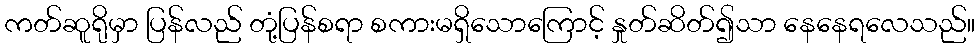
ကတ်ဆူရိုမှာ ပြန်လည် တုံ့ပြန်စရာ စကားမရှိသောကြောင့် နှုတ်ဆိတ်၍သာ နေနေရလေသည်။